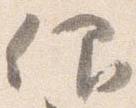
仰